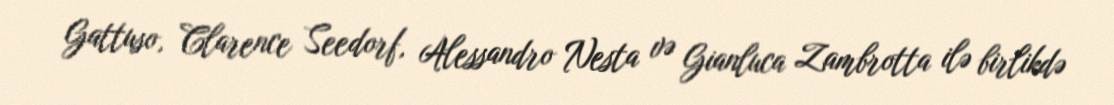
Gattuso, Clarence Seedorf, Alessandro Nesta və Gianluca Zambrotta ilə birlikdə